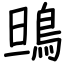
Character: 鴠